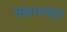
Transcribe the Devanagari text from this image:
संक्रमणहो